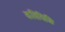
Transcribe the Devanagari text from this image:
कवियित्रि।